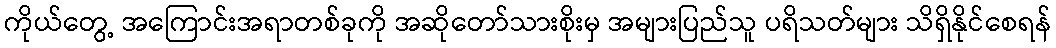
ကိုယ်တွေ့ အကြောင်းအရာတစ်ခုကို အဆိုတော်သားစိုးမှ အများပြည်သူ ပရိသတ်များ သိရှိနိုင်စေရန်